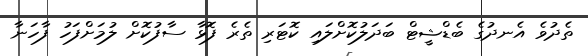
ތެދުވެ އެނދުގެ ބެޑްޝީޓް ބަދަލުކޮށްލައި ކޮޓަރި ތެރެ ފޮޅާ ސާފުކޮށް ލުމަށްފަހު ފާހަނާ